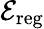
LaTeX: {\cal E}_{\mathrm{reg}}